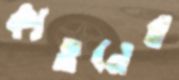
কাওনের